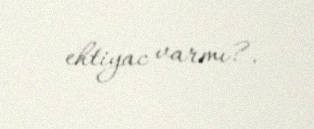
ehtiyac varmı?.